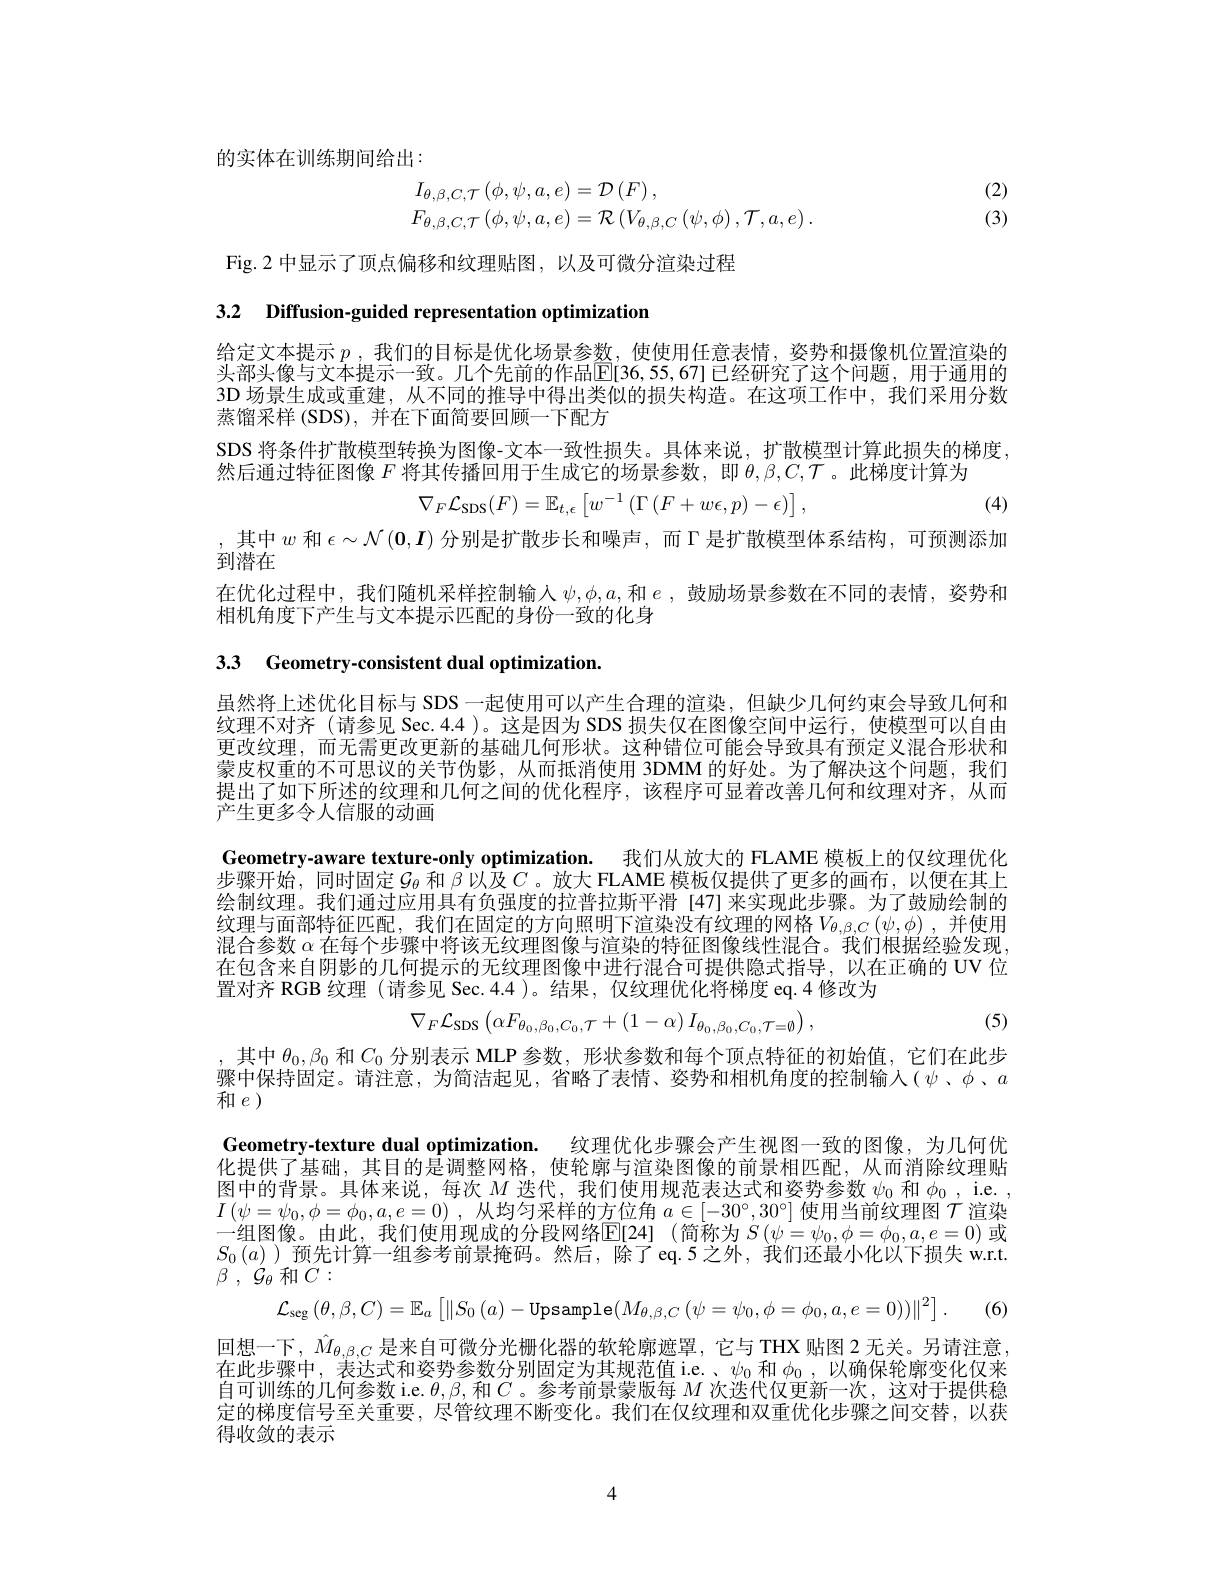
的实体在训练期间给出：

(2) (3)
$$\begin{array}{l}I_{\theta,\beta,C,\mathcal{T}}\left(\phi,\psi,a,e\right)=\mathcal{D}\left(F\right),\\F_{\theta,\beta,C,\mathcal{T}}\left(\phi,\psi,a,e\right)=\mathcal{R}\left(V_{\theta,\beta,C}\left(\psi,\phi\right),\mathcal{T},a,e\right).\end{array}$$
Fig.2 中显示了顶点偏移和纹理贴图，以及可微分渲染过程

3.2 Diffusion-guided representation optimization

给定文本提示$p$ , 我 们 的 目 标 是 优 化 场 景 参 数 , 使使用任意表情，姿势和摄像机位置渲染的头部头像与文本提示一致。几个先前的作品$\overline{\mathbb{E}}[36,55,67]$已经研究了这个问题，用于通用的3D 场景生成或重建，从不同的推导中得出类似的损失构造。在这项工作中，我们采用分数蒸馏采样 (SDS), 并在下面简要回顾一下配方
SDS 将条件扩散模型转换为图像-文本一致性损失。具体来说，扩散模型计算此损失的梯度，
然后通过特征图像$F$将其传播回用于生成它的场景参数，即$\theta,\beta,C,\mathcal{T}$。此梯度计算为
$$\nabla_{F}\mathcal{L}_{\mathrm{SDS}}(F)=\mathbb{E}_{t,\epsilon}\begin{bmatrix}w^{-1}\left(\Gamma\left(F+w\epsilon,p\right)-\epsilon\right)\end{bmatrix},$$
(4)

,其中$w$和$\epsilon\sim\mathcal{N}(\mathbf{0},\boldsymbol{I})$分别是扩散步长和噪声，而$\Gamma$是扩散模型体系结构，可预测添加
$\hat{\text{到潜在}}$

在优化过程中，我们随机采样控制输入$\psi,\phi,a$,和$e$,鼓励场景参数在不同的表情，姿势和
相机角度下产生与文本提示匹配的身份一致的化身

3.3 Geometry-consistent dual optimization.

虽然将上述优化目标与 SDS 一起使用可以产生合理的渲染，但缺少几何约束会导致几何和纹理不对齐 (请参见 Sec. 4.4 )。这是因为 SDS 损失仅在图像空间中运行，使模型可以自由更改纹理，而无需更改更新的基础几何形状。这种错位可能会导致具有预定义混合形状和蒙皮权重的不可思议的关节伪影，从而抵消使用 3DMM 的好处。为了解决这个问题，我们提出了如下所述的纹理和几何之间的优化程序，该程序可显着改善几何和纹理对齐，从而产生更多令人信服的动画

Geometry-aware texture-only optimization. 我们从放大的 FLAME 模板上的仅纹理优化步骤开始，同时固定$\mathcal{G}_\theta$ 和 $\beta$以及$C$。放大 FLAME 模板仅提供了更多的画布，以便在其上绘制纹理。我们通过应用具有负强度的拉普拉斯平滑 [47]来实现此步骤。为了鼓励绘制的纹理与面部特征匹配，我们在固定的方向照明下渲染没有纹理的网格$V_{\theta,\beta,C}\left(\psi,\phi\right)$,并使用混合参数$\alpha$在每个步骤中将该无纹理图像与渲染的特征图像线性混合。我们根据经验发现， 在包含来自阴影的几何提示的无纹理图像中进行混合可提供隐式指导，以在正确的 UV 位置对齐 RGB 纹理 (请参见 Sec.4.4 )。结果，仅纹理优化将梯度 eq.4 修改为
$$\nabla_{F}\mathcal{L}_{\mathrm{SDS}}\left(\alpha F_{\theta_{0},\beta_{0},C_{0},\mathcal{T}}+(1-\alpha)\:I_{\theta_{0},\beta_{0},C_{0},\mathcal{T}=\emptyset}\right),$$
(5)

骤中保持固定。请注意，为简洁起见，省略了表情、姿势和相机角度的控制输入($\psi、\phi.a$
和$e$

,其中$\theta_0,\beta_0$和$C_0$分别表示 MLP 参数，形状参数和每个顶点特征的初始值，它们在此步Geometry-texture dual optimization. 纹理优化步骤会产生视图一致的图像，为几何优化提供了基础，其目的是调整网格，使轮廓与渲染图像的前景相匹配，从而消除纹理贴图中的背景。具体来说，每次$M$迭代，我们使用规范表达式和姿势参数$\psi_0$和$\phi_0$, i.e. , $I\left(\psi=\psi_0,\phi=\phi_0,a,e=0\right)$,从均匀采样的方位角$a\in[-30^\circ,30^\circ]$使用当前纹理图$\mathcal{T}$渲染一组图像。由此，我们使用现成的分段网络$\overline[24]$(简称为 $S\left(\psi=\psi_0,\phi=\phi_0,a,e=0\right)$ 或$S_0\left(a\right)$ )预先计算一组参考前景掩码。然后，除了eq.5之外，我们还最小化以下损失 w.r.t. $\beta$ , $\mathcal{G} _{\theta }$ 和$C:$
$$\mathcal{L}_{\mathrm{seg}}\left(\theta,\beta,C\right)=\mathbb{E}_{a}\left[\|S_{0}\left(a\right)-\mathrm{Upsample}\left(M_{\theta,\beta,C}\left(\psi=\psi_{0},\phi=\phi_{0},a,e=0\right)\right)\|^{2}\right].$$
回想一下，$\hat{M}_{\theta,\beta,C}$是来自可微分光栅化器的软轮廓遮罩，它与 THX 贴图 2 无关。另请注意在此步骤中，表达式和姿势参数分别固定为其规范值 ie.、$\psi_0$和$\phi_0$,以确保轮廓变化仅来自可训练的几何参数 i.e. $\theta,\beta$,和$C$ 。参考前景蒙版每$M$次迭代仅更新一次，这对于提供稳定的梯度信号至关重要，尽管纹理不断变化。我们在仅纹理和双重优化步骤之间交替，以获得收敛的表示

4